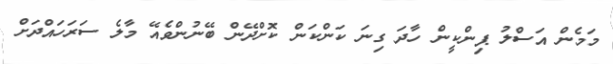
މަމެން އަސްލު ޕިންކީން ހާދަ ގިނަ ކަންކަން ކޮށްދޭން ބޭނުންވެއޭ މާލެ ސަރަހައްދަށް